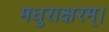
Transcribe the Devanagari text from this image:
मधुराक्षरम्‌।